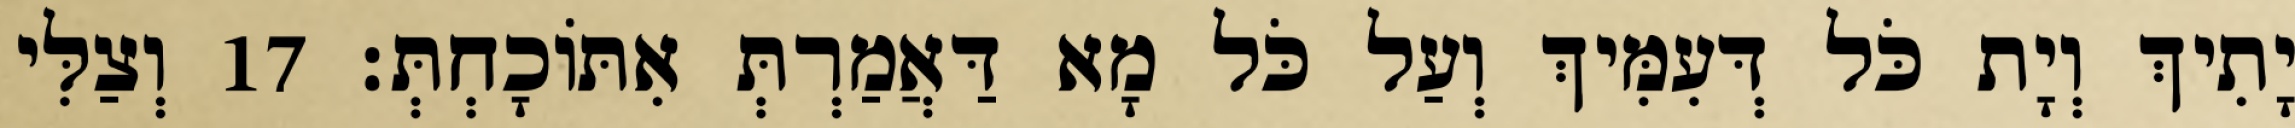
יָתִיךְ וְיָת כֹּל דְּעִמִּיךְ וְעַל כֹּל מָא דַּאֲמַרְתְּ אִתּוֹכָחְתְּ׃ 17 וְצַלִּי